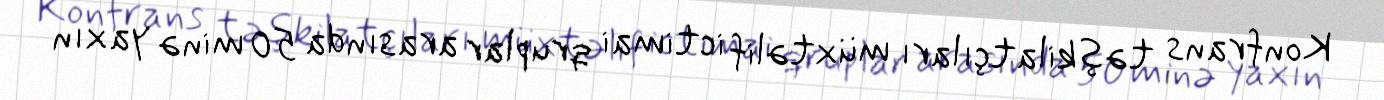
Konfrans təşkilatçıları müxtəlif ictimai qruplar arasında 50 minə yaxın